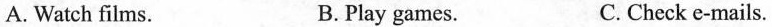
A. Watch films. B. Play games. C. Check e-mails.